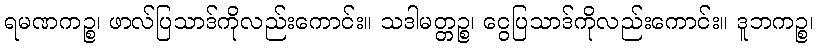
ရမဏကဉ္စ၊ ဖာလ်ပြသာဒ်ကိုလည်းကောင်း။ သဒါမတ္တဉ္စ၊ ငွေပြသာဒ်ကိုလည်းကောင်း။ ဒူဘကဉ္စ၊